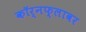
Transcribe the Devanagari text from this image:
कॉर्नफ्लावर